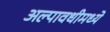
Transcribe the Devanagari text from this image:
अल्पावधीमध्ये